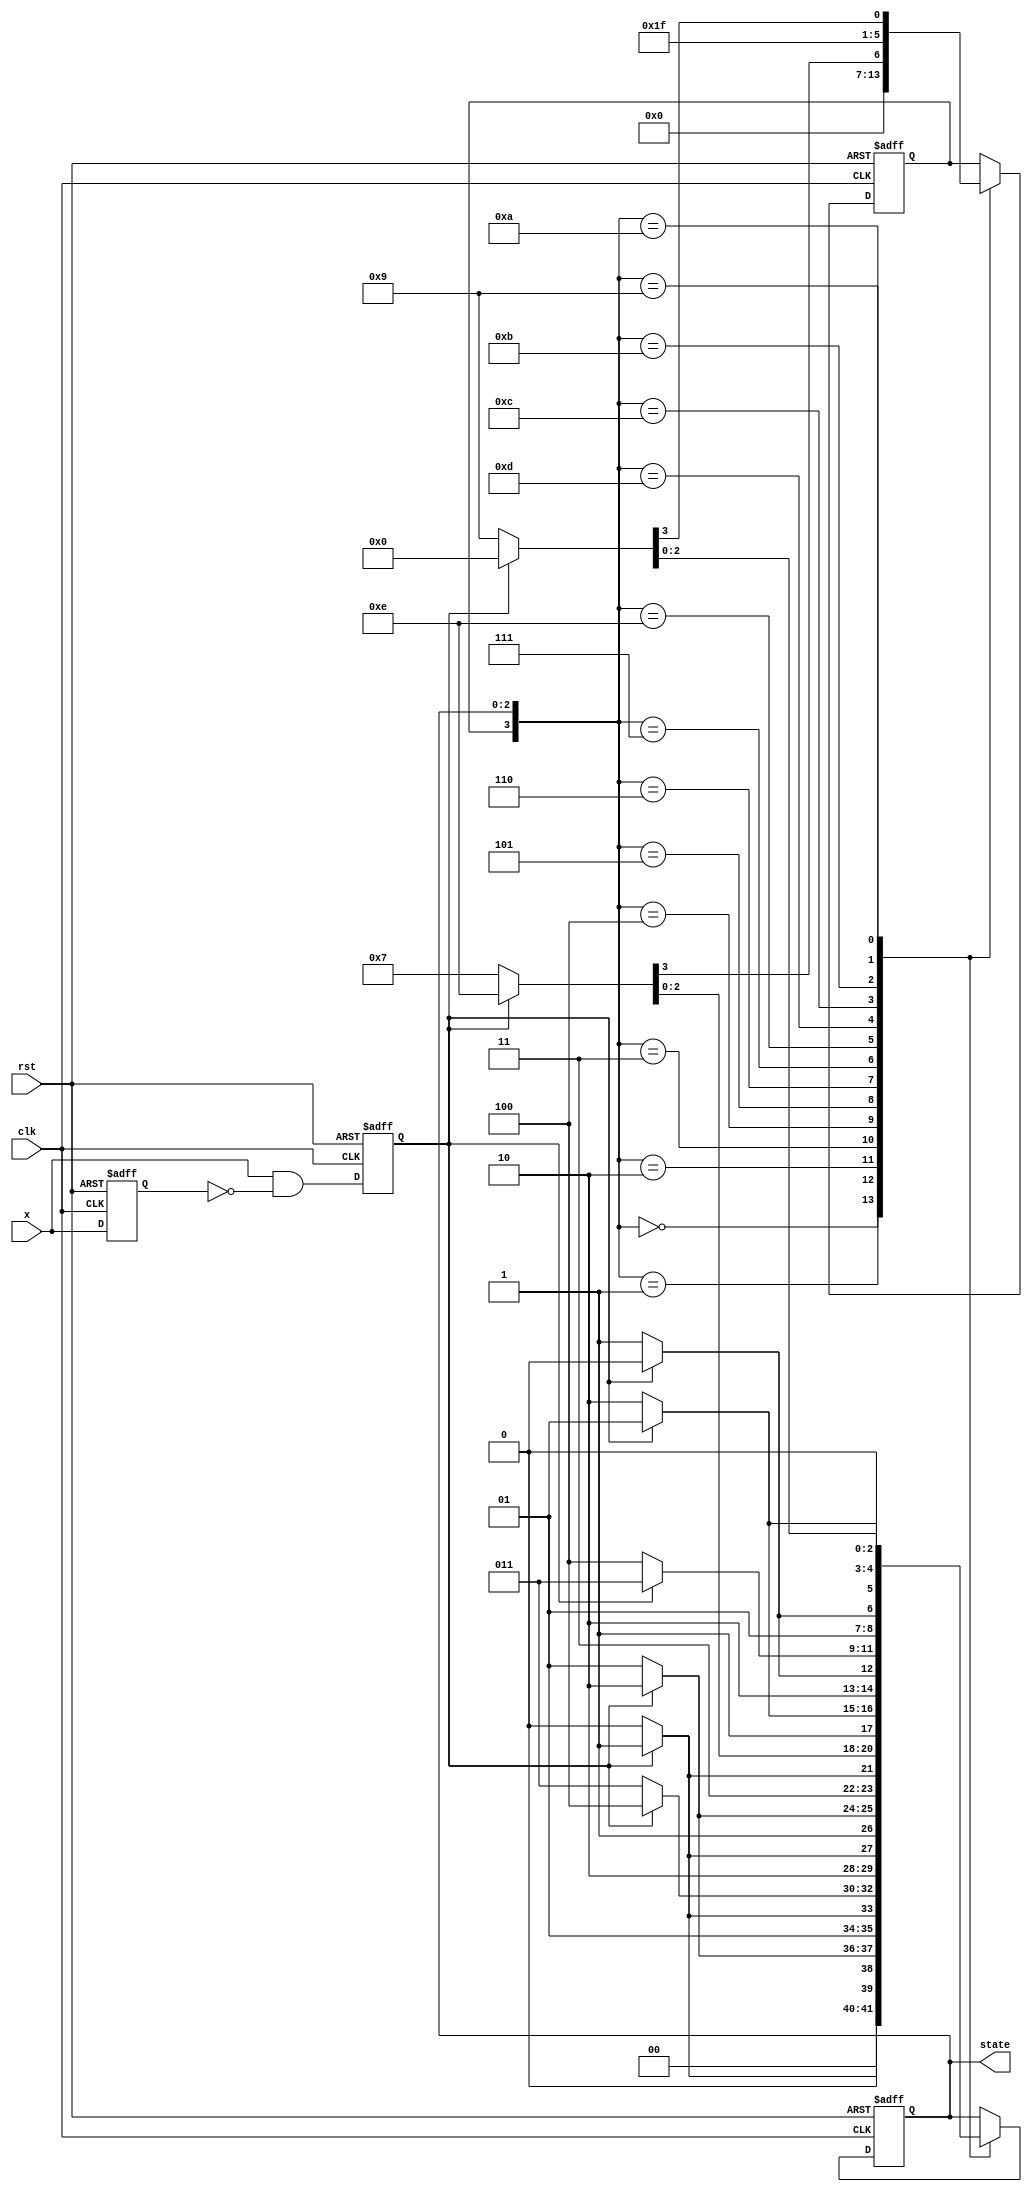
module counter_3bit(clk, rst, x, state);

input clk, rst;
input x;
reg x_reg, x_trig;
output reg [2:0] state;
reg ud;

always @(negedge rst or posedge clk) begin
    if(!rst) begin
        {x_reg, x_trig} <= 2'b00;
    end
    else begin
        x_reg <= x;
        x_trig <= x & ~x_reg;
    end
end

always @(negedge rst or posedge clk) begin
    if(!rst) {ud,state} <= 4'b0000;
    else begin
        case({ud,state})
            4'b0000 : {ud, state} <= x_trig ? 4'b0001 : 4'b0000;
            4'b0001 : {ud, state} <= x_trig ? 4'b0010 : 4'b0001;
            4'b0010 : {ud, state} <= x_trig ? 4'b0011 : 4'b0010;
            4'b0011 : {ud, state} <= x_trig ? 4'b0100 : 4'b0011;
            4'b0100 : {ud, state} <= x_trig ? 4'b0101 : 4'b0100;
            4'b0101 : {ud, state} <= x_trig ? 4'b0110 : 4'b0101;
            4'b0110 : {ud, state} <= x_trig ? 4'b0111 : 4'b0110;
            4'b0111 : {ud, state} <= x_trig ? 4'b1110 : 4'b0111;
            4'b1110 : {ud, state} <= x_trig ? 4'b1101 : 4'b1110;
            4'b1101 : {ud, state} <= x_trig ? 4'b1100 : 4'b1101;
            4'b1100 : {ud, state} <= x_trig ? 4'b1011 : 4'b1100;
            4'b1011 : {ud, state} <= x_trig ? 4'b1010 : 4'b1011;
            4'b1010 : {ud, state} <= x_trig ? 4'b1001 : 4'b1010;
            4'b1001 : {ud, state} <= x_trig ? 4'b0000 : 4'b1001;
        endcase
    end
end

endmodule